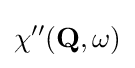
\chi ^{\prime \prime }(\mathbf {Q} ,\omega )